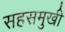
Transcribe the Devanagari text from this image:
सहसमुखी